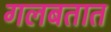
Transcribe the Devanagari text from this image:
गलबतात